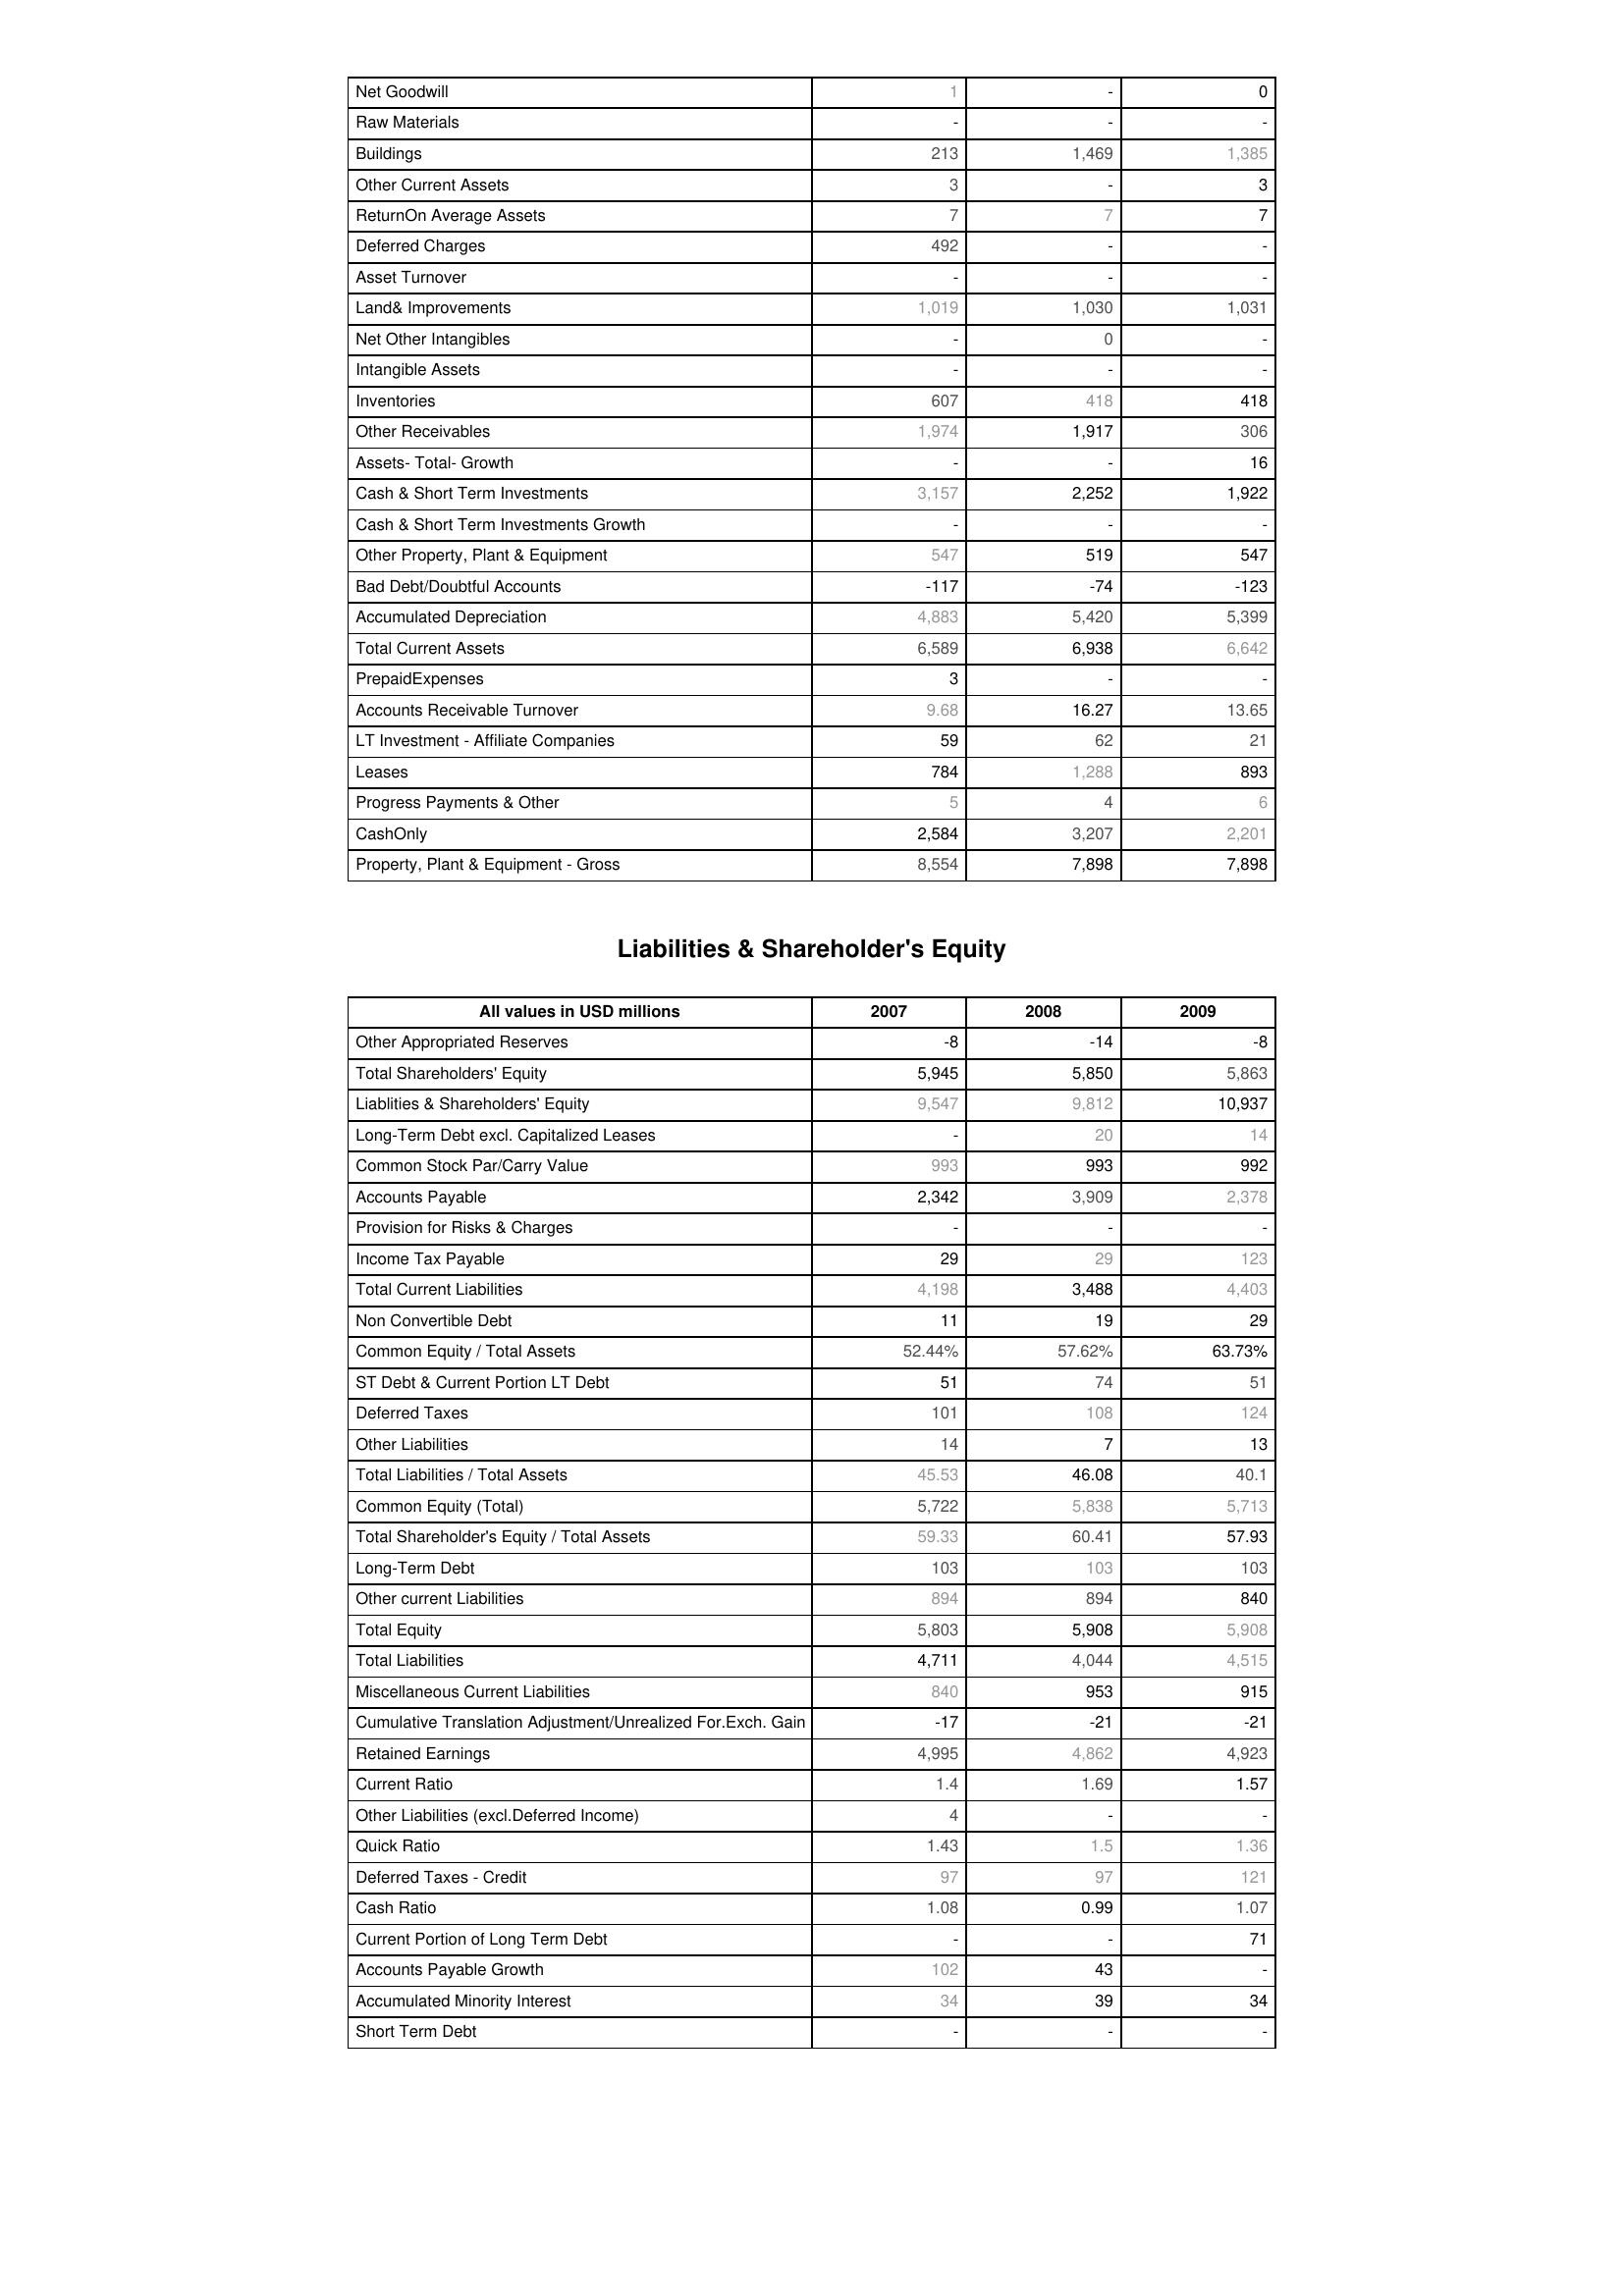
2007: Assets: Net Goodwill: 1
Raw Materials: -
Buildings: 213
Other Current Assets: 3
ReturnOn Average Assets: 7
Deferred Charges: 492
Asset Turnover: -
Land& Improvements: 1,019
Net Other Intangibles: -
Intangible Assets: -
Inventories: 607
Other Receivables: 1,974
Assets- Total- Growth: -
Cash & Short Term Investments: 3,157
Cash & Short Term Investments Growth: -
Other Property, Plant & Equipment: 547
Bad Debt/Doubtful Accounts: -117
Accumulated Depreciation: 4,883
Total Current Assets: 6,589
PrepaidExpenses: 3
Accounts Receivable Turnover: 9.68
LT Investment - Affiliate Companies: 59
Leases: 784
Progress Payments & Other: 5
CashOnly: 2,584
Property, Plant & Equipment - Gross : 8,554
Liabilities & Shareholder's Equity: Other Appropriated Reserves: -8
Total Shareholders' Equity: 5,945
Liablities & Shareholders' Equity: 9,547
Long-Term Debt excl. Capitalized Leases: -
Common Stock Par/Carry Value: 993
Accounts Payable: 2,342
Provision for Risks & Charges: -
Income Tax Payable: 29
Total Current Liabilities: 4,198
Non Convertible Debt: 11
Common Equity / Total Assets: 52.44%
ST Debt & Current Portion LT Debt: 51
Deferred Taxes: 101
Other Liabilities: 14
Total Liabilities / Total Assets: 45.53
Common Equity (Total): 5,722
Total Shareholder's Equity / Total Assets: 59.33
Long-Term Debt: 103
Other current Liabilities: 894
Total Equity: 5,803
Total Liabilities: 4,711
Miscellaneous Current Liabilities: 840
Cumulative Translation Adjustment/Unrealized For.Exch. Gain: -17
Retained Earnings: 4,995
Current Ratio: 1.4
Other Liabilities (excl.Deferred Income): 4
Quick Ratio: 1.43
Deferred Taxes - Credit: 97
Cash Ratio: 1.08
Current Portion of Long Term Debt: -
Accounts Payable Growth: 102
Accumulated Minority Interest: 34
Short Term Debt: -
2008: Assets: Net Goodwill: -
Raw Materials: -
Buildings: 1,469
Other Current Assets: -
ReturnOn Average Assets: 7
Deferred Charges: -
Asset Turnover: -
Land& Improvements: 1,030
Net Other Intangibles: 0
Intangible Assets: -
Inventories: 418
Other Receivables: 1,917
Assets- Total- Growth: -
Cash & Short Term Investments: 2,252
Cash & Short Term Investments Growth: -
Other Property, Plant & Equipment: 519
Bad Debt/Doubtful Accounts: -74
Accumulated Depreciation: 5,420
Total Current Assets: 6,938
PrepaidExpenses: -
Accounts Receivable Turnover: 16.27
LT Investment - Affiliate Companies: 62
Leases: 1,288
Progress Payments & Other: 4
CashOnly: 3,207
Property, Plant & Equipment - Gross : 7,898
Liabilities & Shareholder's Equity: Other Appropriated Reserves: -14
Total Shareholders' Equity: 5,850
Liablities & Shareholders' Equity: 9,812
Long-Term Debt excl. Capitalized Leases: 20
Common Stock Par/Carry Value: 993
Accounts Payable: 3,909
Provision for Risks & Charges: -
Income Tax Payable: 29
Total Current Liabilities: 3,488
Non Convertible Debt: 19
Common Equity / Total Assets: 57.62%
ST Debt & Current Portion LT Debt: 74
Deferred Taxes: 108
Other Liabilities: 7
Total Liabilities / Total Assets: 46.08
Common Equity (Total): 5,838
Total Shareholder's Equity / Total Assets: 60.41
Long-Term Debt: 103
Other current Liabilities: 894
Total Equity: 5,908
Total Liabilities: 4,044
Miscellaneous Current Liabilities: 953
Cumulative Translation Adjustment/Unrealized For.Exch. Gain: -21
Retained Earnings: 4,862
Current Ratio: 1.69
Other Liabilities (excl.Deferred Income): -
Quick Ratio: 1.5
Deferred Taxes - Credit: 97
Cash Ratio: 0.99
Current Portion of Long Term Debt: -
Accounts Payable Growth: 43
Accumulated Minority Interest: 39
Short Term Debt: -
2009: Assets: Net Goodwill: 0
Raw Materials: -
Buildings: 1,385
Other Current Assets: 3
ReturnOn Average Assets: 7
Deferred Charges: -
Asset Turnover: -
Land& Improvements: 1,031
Net Other Intangibles: -
Intangible Assets: -
Inventories: 418
Other Receivables: 306
Assets- Total- Growth: 16
Cash & Short Term Investments: 1,922
Cash & Short Term Investments Growth: -
Other Property, Plant & Equipment: 547
Bad Debt/Doubtful Accounts: -123
Accumulated Depreciation: 5,399
Total Current Assets: 6,642
PrepaidExpenses: -
Accounts Receivable Turnover: 13.65
LT Investment - Affiliate Companies: 21
Leases: 893
Progress Payments & Other: 6
CashOnly: 2,201
Property, Plant & Equipment - Gross : 7,898
Liabilities & Shareholder's Equity: Other Appropriated Reserves: -8
Total Shareholders' Equity: 5,863
Liablities & Shareholders' Equity: 10,937
Long-Term Debt excl. Capitalized Leases: 14
Common Stock Par/Carry Value: 992
Accounts Payable: 2,378
Provision for Risks & Charges: -
Income Tax Payable: 123
Total Current Liabilities: 4,403
Non Convertible Debt: 29
Common Equity / Total Assets: 63.73%
ST Debt & Current Portion LT Debt: 51
Deferred Taxes: 124
Other Liabilities: 13
Total Liabilities / Total Assets: 40.1
Common Equity (Total): 5,713
Total Shareholder's Equity / Total Assets: 57.93
Long-Term Debt: 103
Other current Liabilities: 840
Total Equity: 5,908
Total Liabilities: 4,515
Miscellaneous Current Liabilities: 915
Cumulative Translation Adjustment/Unrealized For.Exch. Gain: -21
Retained Earnings: 4,923
Current Ratio: 1.57
Other Liabilities (excl.Deferred Income): -
Quick Ratio: 1.36
Deferred Taxes - Credit: 121
Cash Ratio: 1.07
Current Portion of Long Term Debt: 71
Accounts Payable Growth: -
Accumulated Minority Interest: 34
Short Term Debt: -